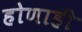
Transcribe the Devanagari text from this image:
होणाही